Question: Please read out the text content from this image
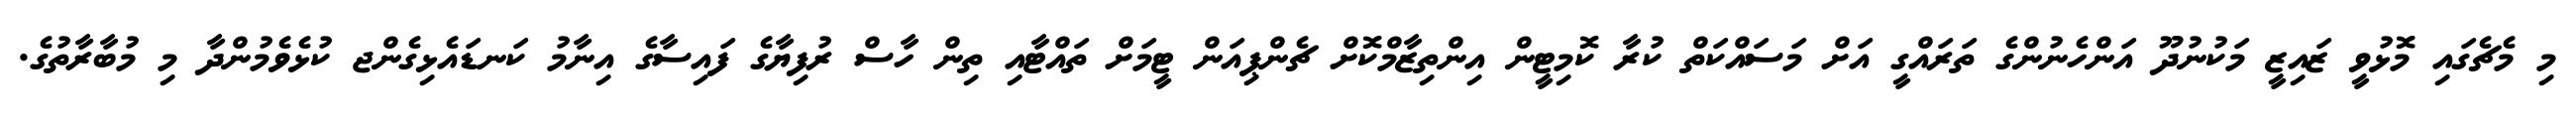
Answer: މި މެޗެގައި މޮޅުވީ ޒައިޒީ މަކުނުދޫ އަންހެނުންގެ ތަރައްގީ އަށް މަސައްކަތް ކުރާ ކޮމިޓީން އިންތިޒާމްކޮށް ޗެންޕިއަން ޓީމަށް ތައްޓާއި ތިން ހާސް ރުފިޔާގެ ފައިސާގެ އިނާމު ކަނޑައެޅިގެންޖ ކުޅެވެމުންދާ މި މުބާރާތުގެ.